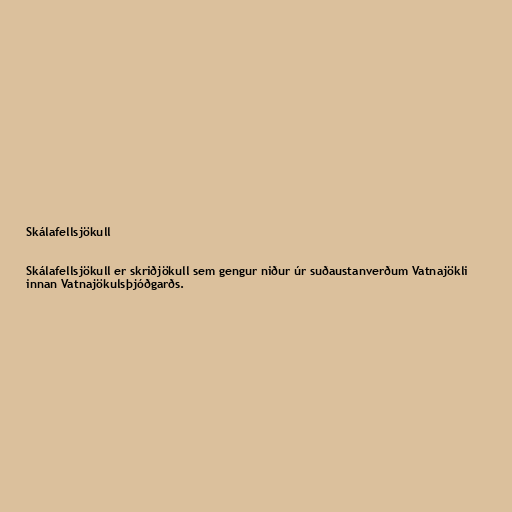
Skálafellsjökull

Skálafellsjökull er skriðjökull sem gengur niður úr suðaustanverðum Vatnajökli
innan Vatnajökulsþjóðgarðs.